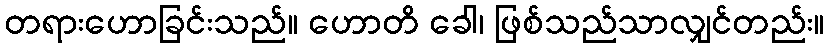
တရားဟောခြင်းသည်။ ဟောတိ ခေါ၊ ဖြစ်သည်သာလျှင်တည်း။